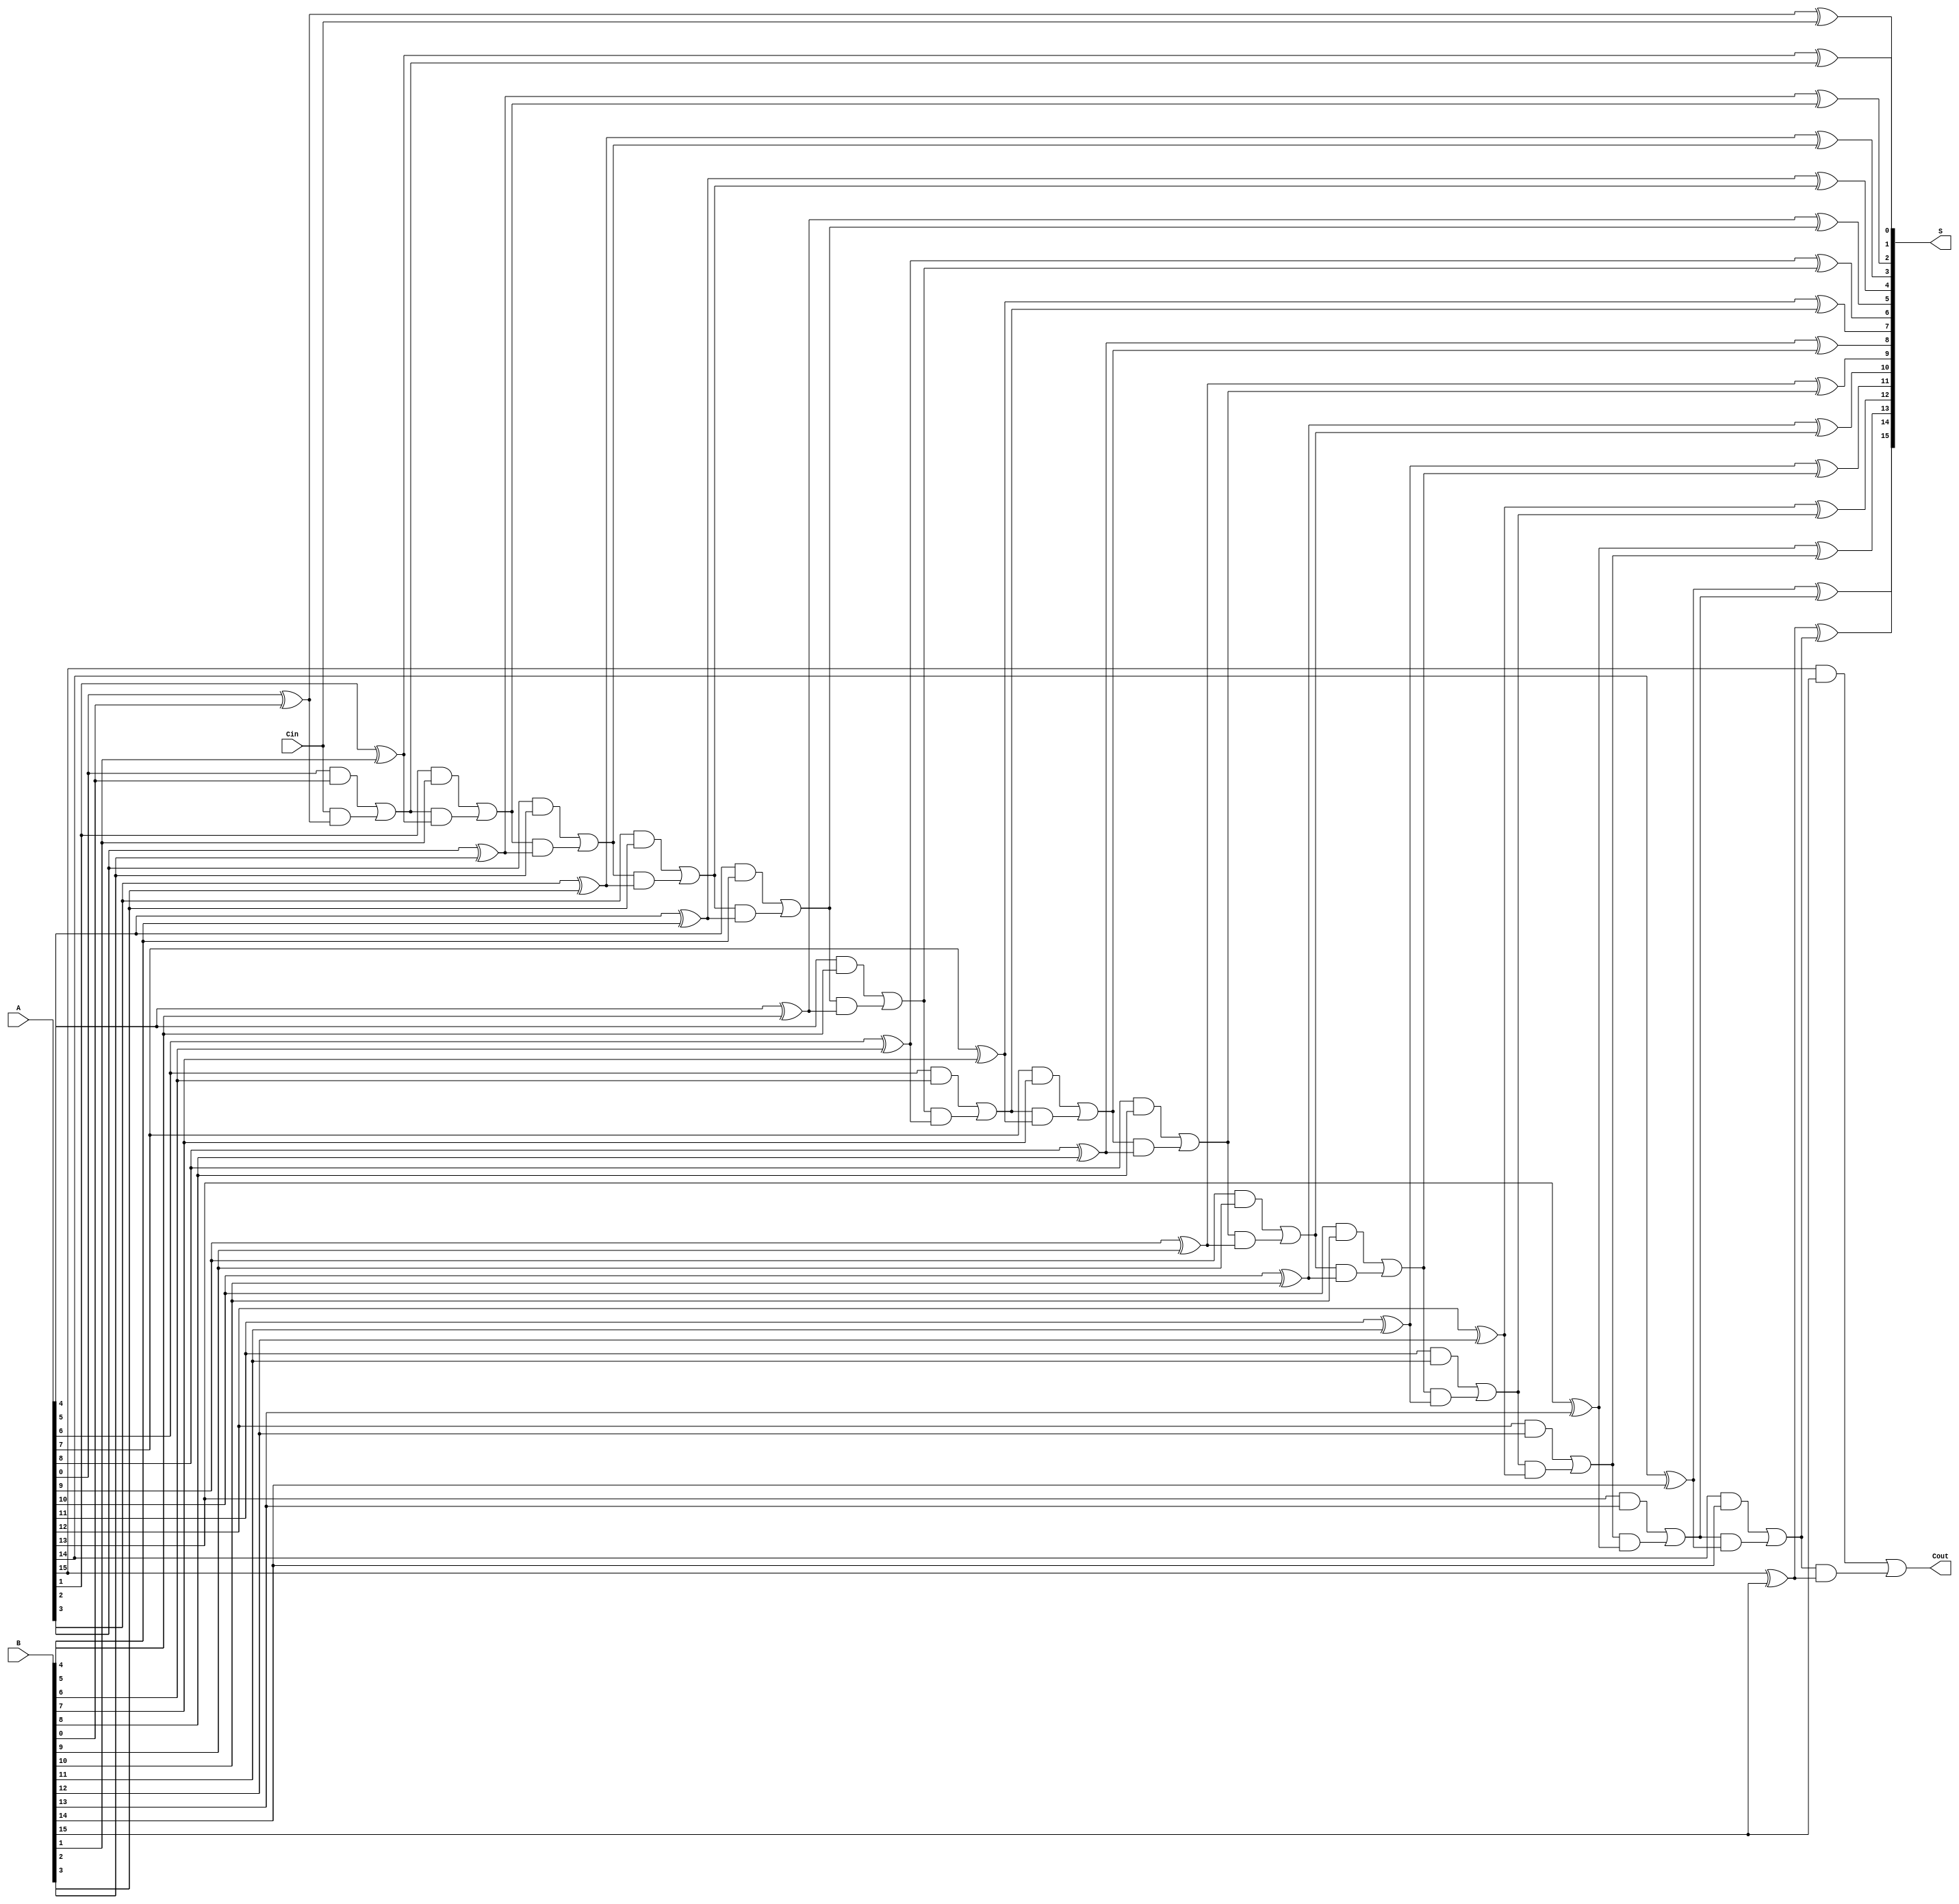
module CarrySelectAdder #(parameter N = 16) (
    input  [N-1:0] A,     // First input number
    input  [N-1:0] B,     // Second input number
    input          Cin,    // Carry-in
    output [N-1:0] S,     // Sum output
    output         Cout     // Carry-out output
);
    wire [N-1:0] P;       // Propagate signals
    wire [N-1:0] G;       // Generate signals
    wire [N:0] C;         // Carry signals

    // Generate propagate (P) and generate (G) signals
    genvar i;
    generate
        for (i = 0; i < N; i = i + 1) begin: generate_signals
            assign P[i] = A[i] ^ B[i];
            assign G[i] = A[i] & B[i];
        end
    endgenerate

    // Calculate carry signals using prefix tree structure
    assign C[0] = Cin;

    // Example carry generation logic using a simple prefix structure
    generate
        for (i = 0; i < N; i = i + 1) begin: carry_generation
            if (i == 0) begin
                assign C[i+1] = G[i] | (C[i] & P[i]);
            end else begin
                assign C[i+1] = G[i] | (C[i] & P[i]);
            end
        end
    endgenerate

    // Calculate sums based on carry-in and carry-out
    generate
        for (i = 0; i < N; i = i + 1) begin: sum_generation
            assign S[i] = P[i] ^ C[i];
        end
    endgenerate

    // Assign final carry-out
    assign Cout = C[N];

endmodule